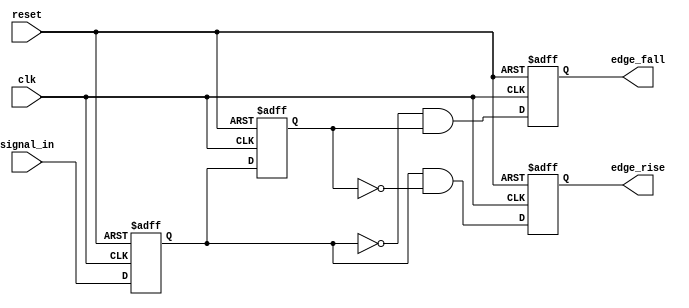
module glitch_free_edge_detector (
    input wire clk,              // Clock signal
    input wire reset,            // Asynchronous reset signal
    input wire signal_in,        // Input signal to detect edges
    output reg edge_rise,        // Rising edge output
    output reg edge_fall         // Falling edge output
);

    reg current_state;           // Current state of the input signal
    reg previous_state;          // Previous state of the input signal

    // Sequential logic to capture the current and previous states
    always @(posedge clk or posedge reset) begin
        if (reset) begin
            current_state <= 1'b0;  // Initialize current state to 0 on reset
            previous_state <= 1'b0; // Initialize previous state to 0 on reset
            edge_rise <= 1'b0;       // Initialize edge rise output to 0
            edge_fall <= 1'b0;       // Initialize edge fall output to 0
        end else begin
            // Update previous state to current state
            previous_state <= current_state;
            // Capture current state from input signal
            current_state <= signal_in;

            // Edge detection logic
            edge_rise <= (current_state == 1'b1 && previous_state == 1'b0); // Rising edge detected
            edge_fall <= (current_state == 1'b0 && previous_state == 1'b1); // Falling edge detected
        end
    end

endmodule